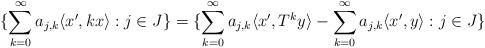
LaTeX: \begin{align*}\{\sum_{k=0}^\infty a_{j,k} \langle x',kx \rangle: j \in J \} = \{ \sum_{k=0}^\infty a_{j,k} \langle x', T^ky \rangle - \sum_{k=0}^\infty a_{j,k} \langle x', y \rangle: j \in J \}\end{align*}